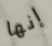
إنها